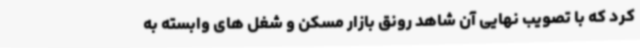
کرد که با تصویب نهایی آن شاهد رونق بازار مسکن و شغل های وابسته به